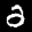
Label: 2